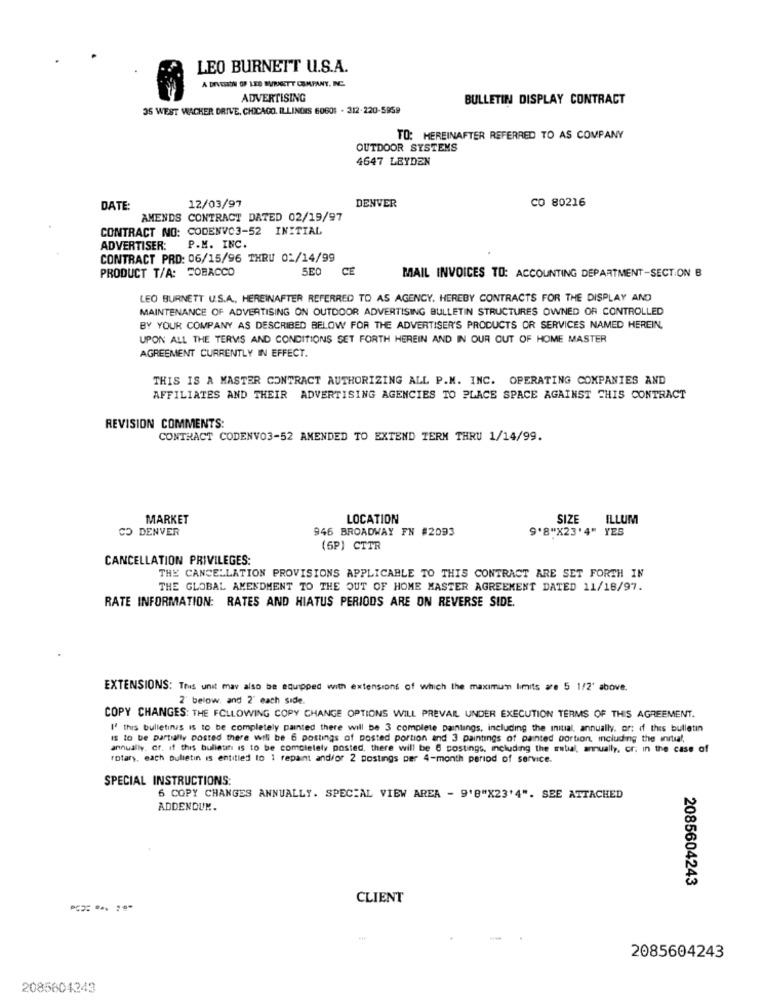
LEO BURNETT U.S.A.
A DIVERION OF LEO BURNETT COMPANY, INC.
ADVERTISING
BULLETIN DISPLAY CONTRACT
35 WEST WACKER DRIVE. CHICAGO, ILLINOIS 60601 . 312-220-5959
TO: HEREINAFTER REFERRED TO AS COMPANY
OUTDOOR SYSTEMS
4647 LEYDEN
DENVER
CO 80216
DATE:
12/03/97
AMENDS CONTRACT DATED 02/19/97
CONTRACT NO: CODENVC3-52 INITIAL
ADVERTISER:
P.M. INC.
CONTRACT PRD: 06/15/96 THRU 01/14/99
PRODUCT T/A: TOBACCO
SE0
CE
MAIL INVOICES TO: ACCOUNTING DEPARTMENT-SECTION B
LEO BURNETT U.S.A ., HEREINAFTER REFERRED TO AS AGENCY, HEREBY CONTRACTS FOR THE DISPLAY AND
MAINTENANCE OF ADVERTISING ON OUTDOOR ADVERTISING BULLETIN STRUCTURES OWNED OR CONTROLLED
BY YOUR COMPANY AS DESCRIBED BELOW FOR THE ADVERTISER'S PRODUCTS OR SERVICES NAMED HEREIN,
UPON ALL THE TERMS AND CONDITIONS SET FORTH HEREIN AND IN OUR OUT OF HOME MASTER
AGREEMENT CURRENTLY IN EFFECT.
THIS IS A MASTER CONTRACT AUTHORIZING ALL P.M. INC. OPERATING COMPANIES AND
AFFILIATES AND THEIR ADVERTISING AGENCIES TO PLACE SPACE AGAINST THIS CONTRACT
REVISION COMMENTS:
CONTRACT CODENVO3-52 AMENDED TO EXTEND TERM THRU 1/14/99.
MARKET
LOCATION
SIZE
ILLUM
CO DENVER
946 BROADWAY FN #2093
9'8"X23'4" YES
(5P] CTTR
CANCELLATION PRIVILEGES:
THE CANCELLATION PROVISIONS APPLICABLE TO THIS CONTRACT ARE SET FORTH IN
THE GLOBAL AMENDMENT TO THE OUT OF HOME MASTER AGREEMENT DATED 11/18/97.
RATE INFORMATION: RATES AND HIATUS PERIODS ARE ON REVERSE SIDE.
EXTENSIONS: Trus unit may also be equipped with extensions of which the maximum limits ae 5 1/2' above.
2' below. and 2' each side.
COPY CHANGES: THE FOLLOWING COPY CHANGE OPTIONS WILL PREVAIL UNDER EXECUTION TERMS OF THIS AGREEMENT.
I' this bulletins is to be completely painted there will be 3 complete paintings, including the initial, annually, or: if this bulletin
is to be partially posted there will be 6 postings of posted portion and 3 paintings of painted portion, including the initial,
annually. cr. if this bulletin is to be completely posted, there will be 6 postings, including the mutual, annually, or. in the case of
rotary, each Bulletin is entitled to 1 repaint andfor 2 postings per 4-month period of service.
SPECIAL INSTRUCTIONS:
6 COPY CHANGES ANNUALLY. SPECIAL VIEW AREA - 9'8"X23'4". SEE ATTACHED
ADDENDUM.
2085604243
CLIENT
2085604243
2085804343